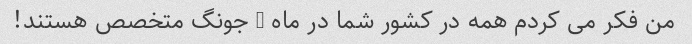
من فکر می کردم همه در کشور شما در ماه - جونگ متخصص هستند!